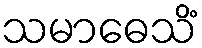
သမာဓေသိံ